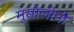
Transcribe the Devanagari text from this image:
मुसोलीनी